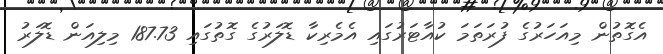
އެގޮތުން މިއަހަރުގެ ފުރަތަމަ ކުއާޓަރުގައި އެމެރިކާ ޑޮލަރުގެ ގޮތުގައި 187.73 މިލިއަން ޑޮލަރު